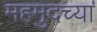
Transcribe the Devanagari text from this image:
महमुदच्या